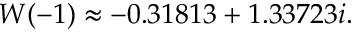
W ( - 1 ) \approx - 0 . 3 1 8 1 3 + 1 . 3 3 7 2 3 i .